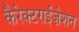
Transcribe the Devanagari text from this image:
कैरेक्टराईज़ेशन